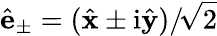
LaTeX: \hat{\mathbf{e}}_{\pm}=(\hat{\mathbf{x}}\pm\mathrm{i}\hat{\mathbf{y}})/\! \sqrt{2}